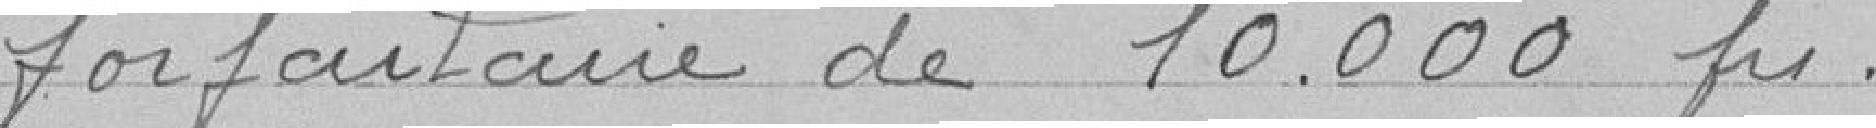
forfaitaire de 10000 francs.